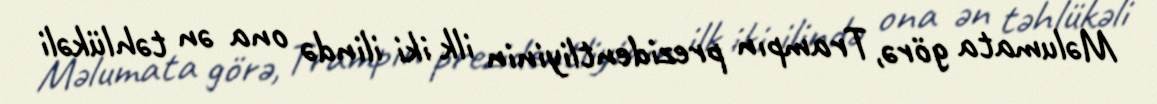
Məlumata görə, Trampın prezidentliyinin ilk iki ilində ona ən təhlükəli